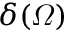
\delta ( \varOmega )